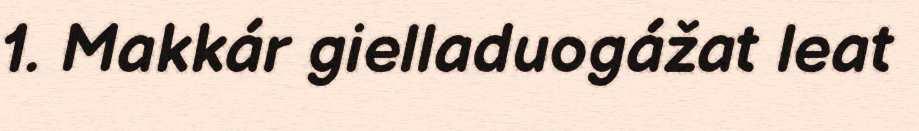
1. Makkár gielladuogážat leat